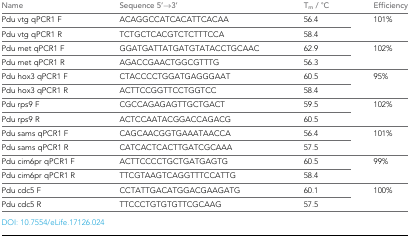
| Name | Sequence 5’→3’ | Tm / °C | Efficiency |
 | --- | --- | --- | --- |
 | Pdu vtg qPCR1 F | ACAGGCCATCACATTCACAA | 56.4 | <ROWSPAN=2> 101% |
 | Pdu vtg qPCR1 R | TCTGCTCACGTCTCTTTCCA | 58.4 |
 | Pdu met qPCR1 F | GGATGATTATGATGTATACCTGCAAC | 62.9 | <ROWSPAN=2> 102% |
 | Pdu met qPCR1 R | AGACCGAACTGGCGTTTG | 56.3 |
 | Pdu hox3 qPCR1 F | CTACCCCTGGATGAGGGAAT | 60.5 | <ROWSPAN=2> 95% |
 | Pdu hox3 qPCR1 R | ACTTCCGGTTCCTGGTCC | 58.4 |
 | Pdu rps9 F | CGCCAGAGAGTTGCTGACT | 59.5 | <ROWSPAN=2> 102% |
 | Pdu rps9 R | ACTCCAATACGGACCAGACG | 60.5 |
 | Pdu sams qPCR1 F | CAGCAACGGTGAAATAACCA | 56.4 | <ROWSPAN=2> 101% |
 | Pdu sams qPCR1 R | CATCACTCACTTGATCGCAAA | 57.5 |
 | Pdu cim6pr qPCR1 F | ACTTCCCCTGCTGATGAGTG | 60.5 | <ROWSPAN=2> 99% |
 | Pdu cim6pr qPCR1 R | TTCGTAAGTCAGGTTTCCATTG | 58.4 |
 | Pdu cdc5 F | CCTATTGACATGGACGAAGATG | 60.1 | <ROWSPAN=2> 100% |
 | Pdu cdc5 R | TTCCCTGTGTGTTCGCAAG | 57.5 |